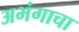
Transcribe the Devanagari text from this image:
अभंगाचा